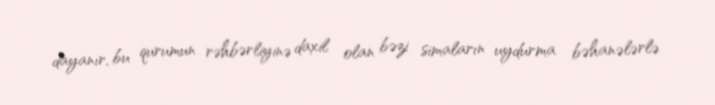
dayanır, bu qurumun rəhbərliyinə daxil olan bəzi simaların uydurma bəhanələrlə